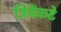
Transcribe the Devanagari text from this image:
त्रिवेंकटे